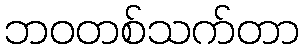
ဘဝတစ်သက်တာ